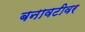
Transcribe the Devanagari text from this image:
बनावटीवर